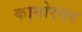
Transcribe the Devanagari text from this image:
कागोरनर